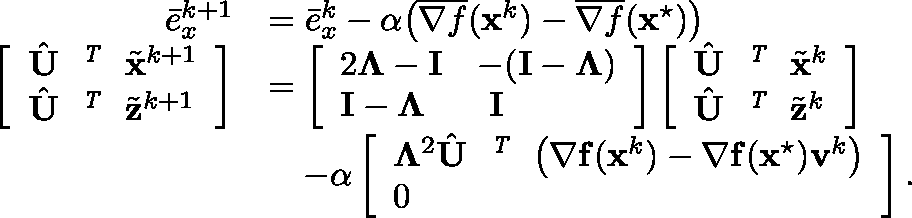
\begin{array} { r l } { \bar { e } _ { x } ^ { k + 1 } } & { = \bar { e } _ { x } ^ { k } - \alpha \big ( \overline { { { \nabla } f } } ( { \mathbf { x } } ^ { k } ) - \overline { { { \nabla } f } } ( { \mathbf { x } } ^ { \star } ) \big ) } \\ { \left[ \begin{array} { l } { \hat { { \mathbf { U } } } ^ { \textit { \footnotesize \texttt { T } } } \tilde { { \mathbf { x } } } ^ { k + 1 } } \\ { \hat { { \mathbf { U } } } ^ { \textit { \footnotesize \texttt { T } } } \tilde { { \mathbf { z } } } ^ { k + 1 } } \end{array} \right] } & { = \left[ \begin{array} { l l } { 2 \mathbf { \Lambda } - { \mathbf { I } } } & { - ( { \mathbf { I } } - \mathbf { \Lambda } ) } \\ { { \mathbf { I } } - \mathbf { \Lambda } } & { ~ { \mathbf { I } } } \end{array} \right] \left[ \begin{array} { l } { \hat { { \mathbf { U } } } ^ { \textit { \footnotesize \texttt { T } } } \tilde { { \mathbf { x } } } ^ { k } } \\ { \hat { { \mathbf { U } } } ^ { \textit { \footnotesize \texttt { T } } } \tilde { { \mathbf { z } } } ^ { k } } \end{array} \right] } \\ & { \quad - \alpha \left[ \begin{array} { l } { \mathbf { \Lambda } ^ { 2 } \hat { { \mathbf { U } } } ^ { \textit { \footnotesize \texttt { T } } } \big ( { \nabla } \mathbf { f } ( \mathbf { x } ^ { k } ) - { \nabla } { \mathbf { f } } ( { \mathbf { x } } ^ { \star } ) { \mathbf { v } } ^ { k } \big ) } \\ { 0 } \end{array} \right] . } \end{array}